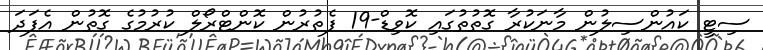
ސިޓީ ކައުންސިލުން މާނަކުރާ ގޮތުތުގައި ކޮވިޑް-19 ފެތުރުން ކޮންޓްރޯލް ކުރުމުގެ ގޮތުން އެފަދަ